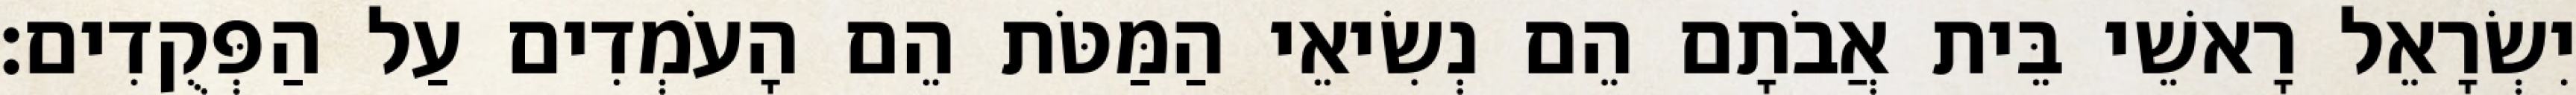
יִשְׂרָאֵל רָאשֵׁי בֵּית אֲבֹתָם הֵם נְשִׂיאֵי הַמַּטֹּת הֵם הָעֹמְדִים עַל הַפְּקֻדִים׃